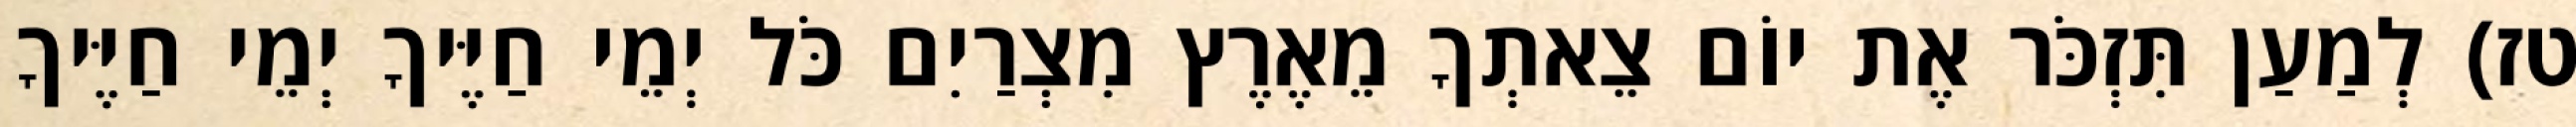
טז) לְמַעַן תִּזְכֹּר אֶת יוֹם צֵאתְךָ מֵאֶרֶץ מִצְרַיִם כֹּל יְמֵי חַיֶּיךָ יְמֵי חַיֶּיךָ